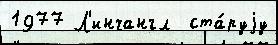
1977 Л'инчангл  ста́руjу